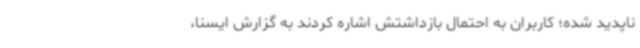
ناپدید شده؛‌ کاربران به احتمال بازداشتش اشاره کردند به گزارش ایسنا،